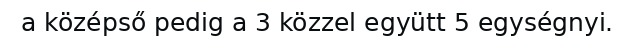
a középső pedig a 3 közzel együtt 5 egységnyi.